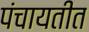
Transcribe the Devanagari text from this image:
पंचायतीत